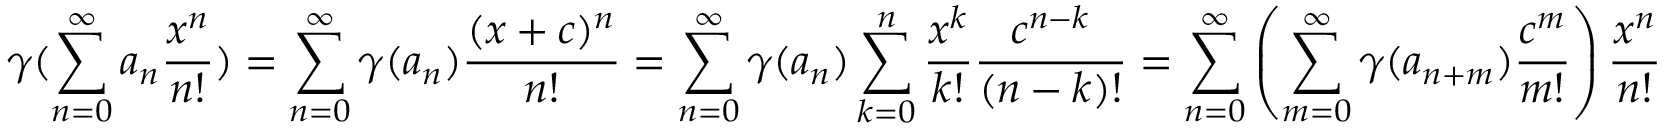
\gamma ( \sum _ { n = 0 } ^ { \infty } a _ { n } \frac { x ^ { n } } { n ! } ) = \sum _ { n = 0 } ^ { \infty } \gamma ( a _ { n } ) \frac { ( x + c ) ^ { n } } { n ! } = \sum _ { n = 0 } ^ { \infty } \gamma ( a _ { n } ) \sum _ { k = 0 } ^ { n } \frac { x ^ { k } } { k ! } \frac { c ^ { n - k } } { ( n - k ) ! } = \sum _ { n = 0 } ^ { \infty } \left( \sum _ { m = 0 } ^ { \infty } \gamma ( a _ { n + m } ) \frac { c ^ { m } } { m ! } \right) \frac { x ^ { n } } { n ! }